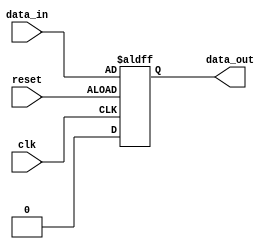
module edge_triggered_latch (
    input wire clk, // Clock signal
    input wire reset, // Reset signal
    input wire data_in, // Input data
    output reg data_out // Output data
);

reg latch;

always @(posedge clk or negedge reset) begin
    if (reset) begin
        latch <= 1'b0;
    end else begin
        latch <= data_in;
    end
end

assign data_out = latch;

endmodule